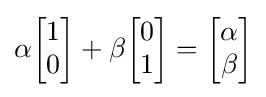
\alpha {\begin{bmatrix}1\\0\end{bmatrix}}+\beta {\begin{bmatrix}0\\1\end{bmatrix}}={\begin{bmatrix}\alpha \\\beta \end{bmatrix}}